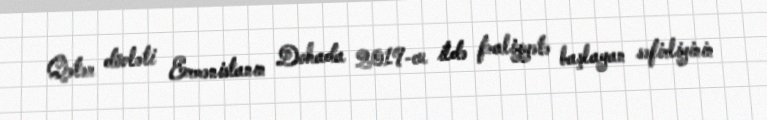
Qətər dövləti Ermənistanın Dohada 2019-cu ildə fəaliyyətə başlayan səfirliyinin